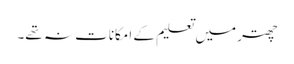
چھتر میں تعلیم کے امکانات نہ تھے۔